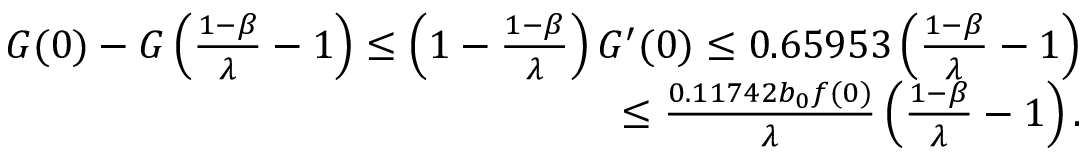
\begin{array} { r } { G ( 0 ) - G \left( \frac { 1 - \beta } { \lambda } - 1 \right) \le \left( 1 - \frac { 1 - \beta } { \lambda } \right) G ^ { \prime } ( 0 ) \le 0 . 6 5 9 5 3 \left( \frac { 1 - \beta } { \lambda } - 1 \right) } \\ { \le \frac { 0 . 1 1 7 4 2 b _ { 0 } f ( 0 ) } { \lambda } \left( \frac { 1 - \beta } { \lambda } - 1 \right) . } \end{array}